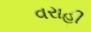
વરાહી